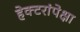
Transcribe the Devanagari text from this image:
हेक्टरांपेक्षा